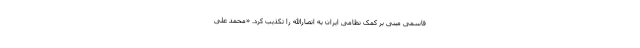
قاسمی مبنی بر کمک نظامی ایران به انصارالله را تکذیب کرد. «محمد علی